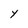
Character: Y